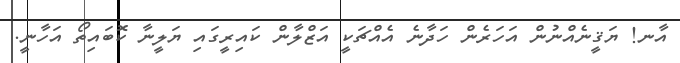
އާނ! ޔަޤީނެއްނުން އަހަރެން ހަދާނެ އެއްޗަކީ އަޒްލާން ކައިރީގައި ޔަލީނާ ކޮބައިތޯ އަހާނީ.